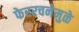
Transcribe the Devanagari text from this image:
फेररचनेमुळे